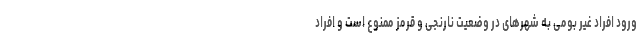
ورود افراد غیر بومی به شهرهای در وضعیت نارنجی و قرمز ممنوع است و افراد